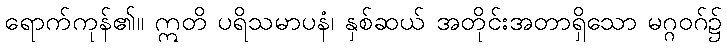
ရောက်ကုန်၏။ ဣတိ ပရိသမာပနံ၊ နှစ်ဆယ် အတိုင်းအတာရှိသော မဂ္ဂဝဂ်၌